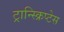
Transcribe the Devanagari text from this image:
ट्रान्स्क्रिप्टेस